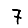
Digit: 7